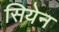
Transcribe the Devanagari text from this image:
सियेन